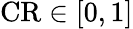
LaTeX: {\mathrm{CR}}\in[0,1]